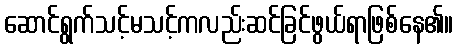
ဆောင်ရွက်သင့်မသင့်ကလည်းဆင်ခြင်ဖွယ်ရာဖြစ်နေ၏။